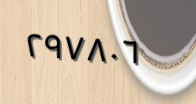
٢٩٧٨٠٦